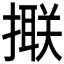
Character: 𢵑